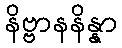
နိဗ္ဗာနနိန္နာ